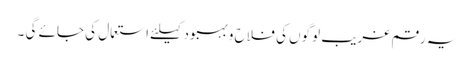
یہ رقم غریب لوگوں کی فلاح و بہبود کیلئے استعمال کی جائے گی ۔